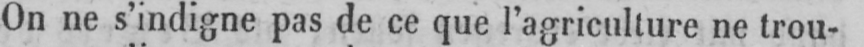
On ne s’indigne pas de ce que l’agriculture ne trou-